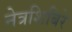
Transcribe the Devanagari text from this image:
नेत्रशिबिरे